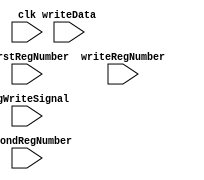
// The register file stage
// Including both the read and write pipe stage

module RegisterFile (
    clk, firstRegNumber, secondRegNumber, writeRegNumber, writeData, regWriteSignal
);
    // Containing 32 32-bit registers
    
    input clk;
    input [4:0] firstRegNumber, secondRegNumber, writeRegNumber;
    input [31:0] writeData;
    input regWriteSignal;
    reg [31:0] firstVal, secondVal;      // The retrieved register values


    // Declare registers
    reg [31:0] registers [31:0];


    integer i;
    initial begin
        // Initialize all registers to 0
        for (i = 0; i < 31; i = i + 1) begin
            registers[i] = 0;
        end
    end


    always @(posedge clk) begin
        #1      // First write in then read
        // read
        firstVal <= registers[firstRegNumber];
        secondVal <= registers[secondRegNumber];
        //   $display("readRegNumber: %d", firstRegNumber);
        //  $display("readData: %d", registers[firstRegNumber]);
    end

    always @(posedge clk) begin
        //$display("writeData: %d writeRegNum: %d writeSignal: %d", writeData, writeRegNumber, regWriteSignal);
        // write, if necessary
        if (regWriteSignal) begin
            // $display("prepare to write to regfile");
            // $display("writeRegNumber: %d", writeRegNumber);
            // $display("writeData: %d", writeData);
            if (writeRegNumber != 5'b00000)begin
                registers[writeRegNumber] = writeData;  // Register 0 is always kept 0
                //$display("write %d to register number %d", writeData, writeRegNumber);
            end
        end
    end
endmodule